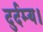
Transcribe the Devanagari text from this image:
दुर्दम्य।